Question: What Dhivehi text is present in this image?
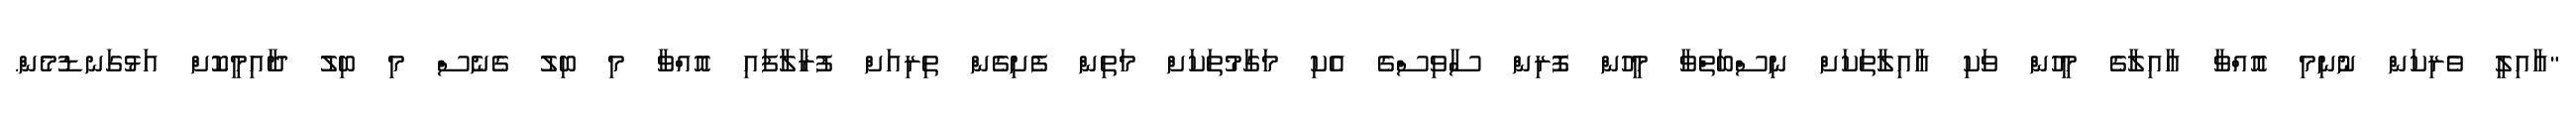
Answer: "އާއިލީ ވެރިކަން ނުނިމި އޮއްވާ އާއިލާގެ މީހުން ވަކި އާއިލާތަކަށް ނިސްބަތްވާ މީހުން ފޮރިން ސާވިސްގެ އެކި މަގާމުތަކަށް މަތިން ފެށިގެން ތިރިއަށް ފުރާލާފައި އޮއްވާ މި ބިލު ގެނެސް މި ބިލު ދާއިމީކޮށް އަޅުގަނޑުމެން.